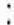
: